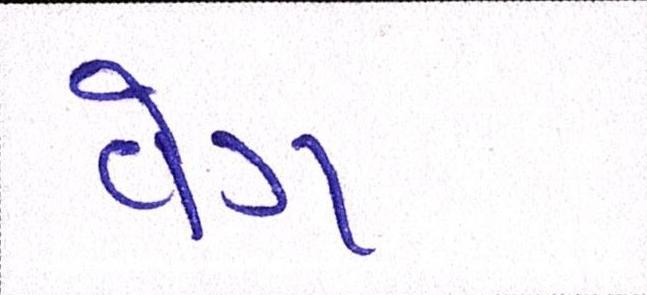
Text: વેગ